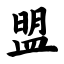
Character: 盟